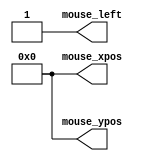
`timescale 1ns / 1ps
//////////////////////////////////////////////////////////////////////////////////
// Company: 
// Engineer: 
// 
// Design Name: 
// Module Name: draw_rect_ctl_tb
// Project Name: 
// Target Devices: 
// Tool Versions: 
// Description: 
// 
// Dependencies: 
// 
// Revision:
// Revision 0.01 - File Created
// Additional Comments:
// 
//////////////////////////////////////////////////////////////////////////////////


module draw_rect_ctl_tb(
    output reg mouse_left,
    output reg [11:0] mouse_xpos,
    output reg [11:0] mouse_ypos
    );



initial 
    begin
        mouse_xpos <= 0;
        mouse_ypos <= 0;
        mouse_left <= 0;
        #10;
        mouse_left <= 1'b1;
    end
    
    
endmodule